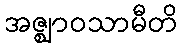
အဇ္ဈာဝသာမီတိ